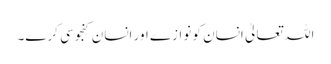
اللہ تعالیٰ انسان کو نوازے اور انسان کنجوسی کرے۔